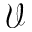
\mathcal { V }